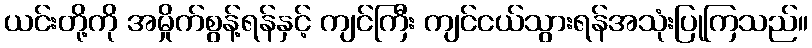
ယင်းတို့ကို အမှိုက်စွန့်ရန်နှင့် ကျင်ကြီး ကျင်ငယ်သွားရန်အသုံးပြုကြသည်။